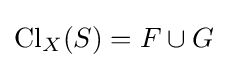
\operatorname {Cl} _{X}(S)=F\cup G